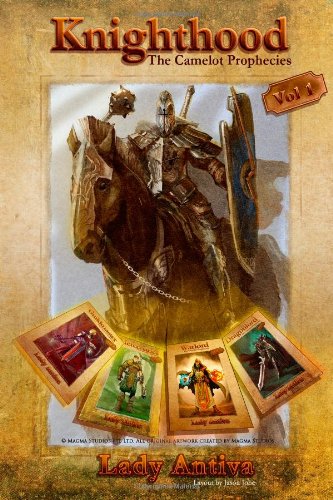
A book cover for Knighthood: The Camelot Prophecies; Lady Antiva; Science Fiction & Fantasy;